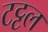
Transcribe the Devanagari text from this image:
टट्टल